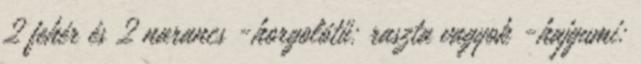
2 fehér és 2 narancs -horgolótű: raszta vagyok -hajgumi: